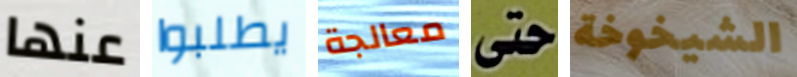
عنها يطلبوا معالجة حتى الشيخوخة